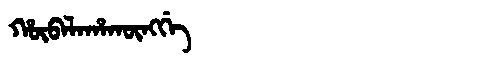
Manchu: ᡥᡡᠪᠠᠯᠠᡥᠠᡴᡡᠩᡤᡝ
Romanization: HŪBALAHAKŪNGGE